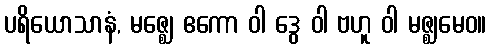
ပရိယောသာနံ, မဇ္ဈေ ဧကော ဝါ ဒွေ ဝါ ဗဟူ ဝါ မဇ္ဈမေဝ။